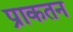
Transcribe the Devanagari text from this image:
प्राकतन